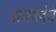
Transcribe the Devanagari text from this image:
प्रशालेचे